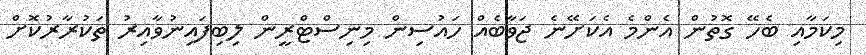
މިކަމާއި ބެހޭ ގޮތުން އެންމެ އެކަށޭނެ ޖަވާބެއް ހައުސިން މިނިސްޓްރީން ލިބިފައިނުވާއިރު ތަކުރާރުކޮށް